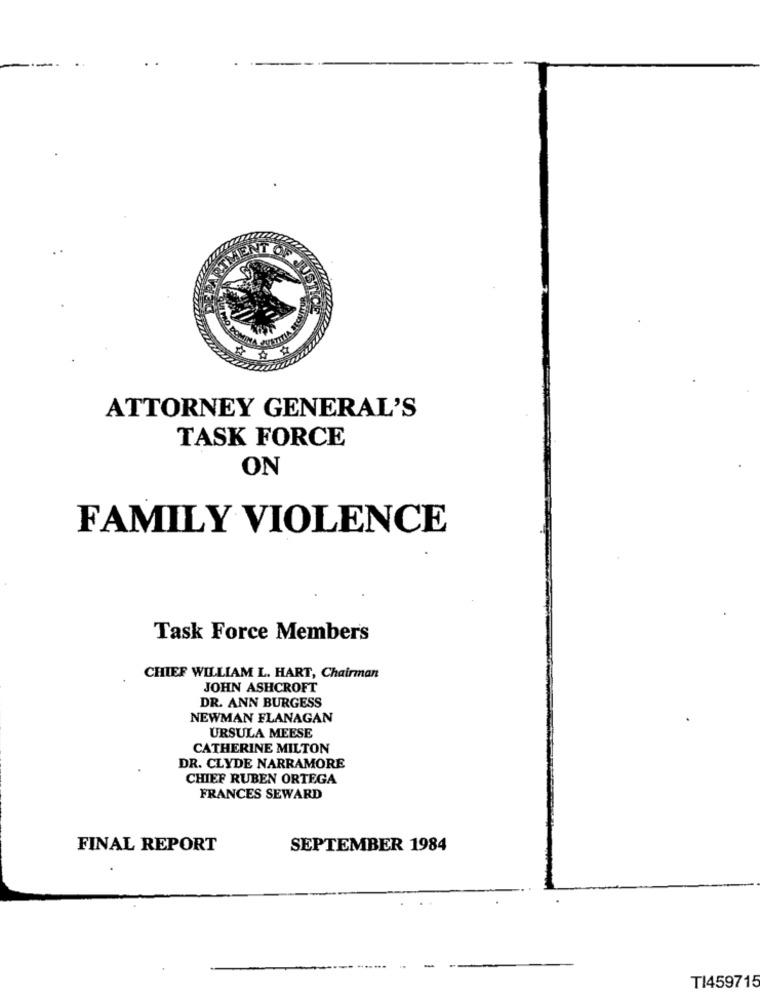
JU
OMINA FRUTTIA
ATTORNEY GENERAL'S
TASK FORCE
ON
FAMILY VIOLENCE
Task Force Members
CHIEF WILLIAM L. HART, Chairman
JOHN ASHCROFT
DR. ANN BURGESS
NEWMAN FLANAGAN
URSULA MEESE
CATHERINE MILTON
DR. CLYDE NARRAMORE
CHIEF RUBEN ORTEGA
FRANCES SEWARD
FINAL REPORT
SEPTEMBER 1984
TI459715